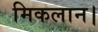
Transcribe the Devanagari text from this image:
मिकलान।